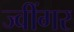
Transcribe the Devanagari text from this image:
ज्वींगर